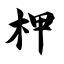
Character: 柙